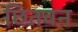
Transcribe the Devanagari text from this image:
छितवन